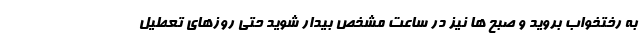
به رختخواب بروید و صبح ها نیز در ساعت مشخص بیدار شوید حتی روزهای تعطیل